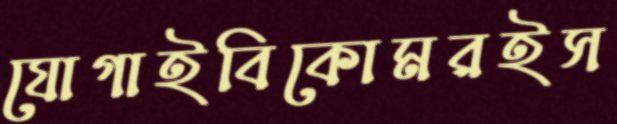
যোগাইবিকোমরইস